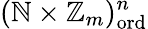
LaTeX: (\mathbb{N}\times\mathbb{Z}_{m})_{\mathrm{ord}}^{n}